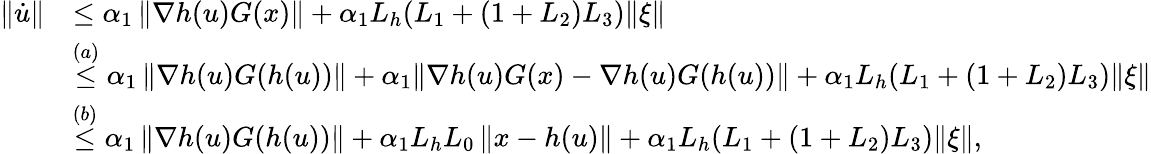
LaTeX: \begin{array}{rl}{\left\| \dot{u}\right\| }&{\leq\alpha_{1}\left\| \nabla h(u)G(x)\right\| +\alpha_{1}L_{h}(L_{1}+(1+L_{2})L_{3})\| \xi\| }\\ &{\stackrel{(a)}{\leq}\alpha_{1}\left\| \nabla h(u)G(h(u))\right\| +\alpha_{1}\! \left\| \nabla h(u)G(x)-\nabla h(u)G(h(u))\right\| +\alpha_{1}L_{h}(L_{1}+(1+L_{2})L_{3})\| \xi\| }\\ &{\stackrel{(b)}{\leq}\alpha_{1}\left\| \nabla h(u)G(h(u))\right\| +\alpha_{1}L_{h}L_{0}\left\| x-h(u)\right\| +\alpha_{1}L_{h}(L_{1}+(1+L_{2})L_{3})\| \xi\| ,}\end{array}